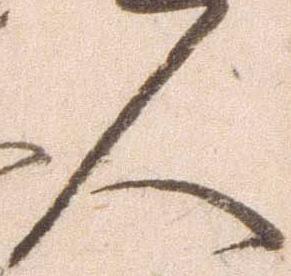
人